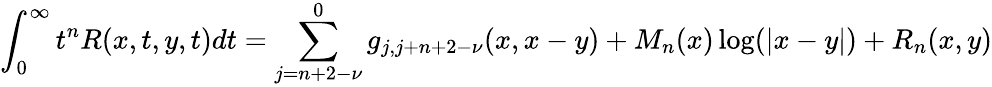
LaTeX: \int_{0}^{\infty}t^{n}R(x,t,y,t)dt=\sum_{j=n+2-\nu}^{0}g_{j,j+n+2-\nu}(x,x-y)+M_{n}(x)\log(\vert x-y\vert)+R_{n}(x,y)